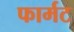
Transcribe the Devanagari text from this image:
फार्मट